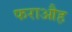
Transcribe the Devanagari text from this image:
फराऔह